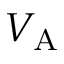
V _ { \mathrm { { A } } }